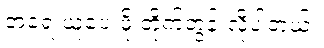
အရေးယူပေးဖို့ တိုက်တွန်းလိုပါတယ်။